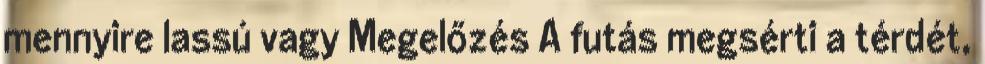
mennyire lassú vagy Megelőzés A futás megsérti a térdét,